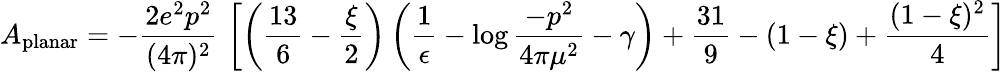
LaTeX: A_{\mathrm{planar}}=-{\frac{2e^{2}p^{2}}{(4\pi)^{2}}}\, \left[\left({\frac{13}{6}}-{\frac{\xi}{2}}\right)\left({\frac{1}{\epsilon}}-\log{\frac{-p^{2}}{4\pi\mu^{2}}}-\gamma\right)+{\frac{31}{9}}-(1-\xi)+{\frac{(1-\xi)^{2}}{4}}\right]